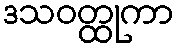
ဒသဝတ္ထုကာ